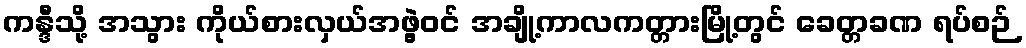
ကန္ဒီသို့ အသွား ကိုယ်စားလှယ်အဖွဲ့ဝင် အချို့ကာလကတ္တားမြို့တွင် ခေတ္တခဏ ရပ်စဉ်